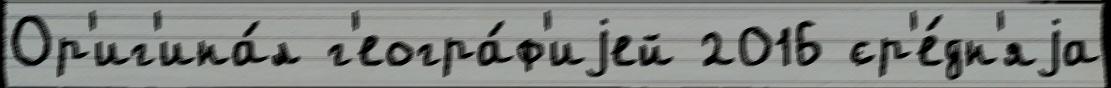
Ор'иг'ина́л г'еогра́ф'иjей 2016 ср'е́дн'яjа